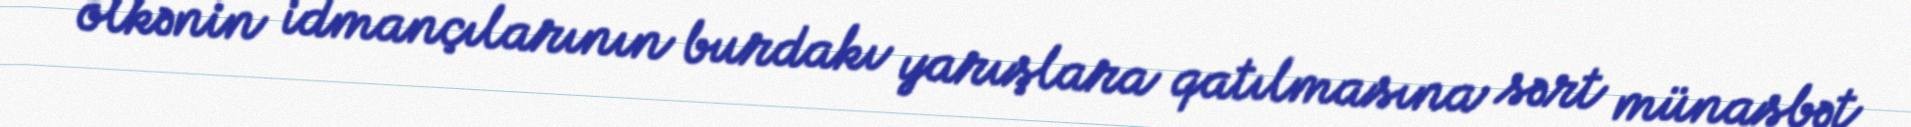
ölkənin idmançılarının burdakı yarışlara qatılmasına sərt münasbət